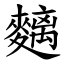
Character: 麶